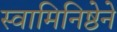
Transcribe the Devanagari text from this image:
स्वामिनिष्ठेने